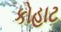
કોહાટ